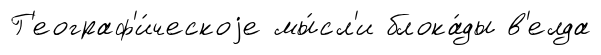
Г'еограф'и́ческоjе мы́сл'и блока́ды в'елда